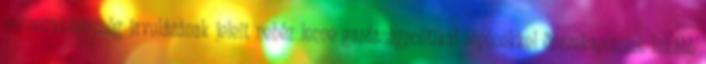
versenyképesség javulásának jeleit nehéz lenne gazdaságpolitikai lépésekkel összekapcsolni. Inkább